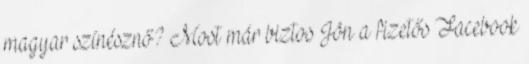
magyar színésznő? Most már biztos Jön a fizetős Facebook